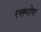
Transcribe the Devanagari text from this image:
रक्तरोग